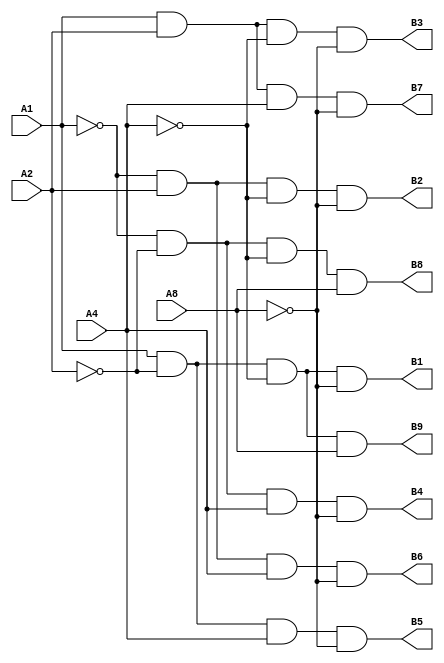
`timescale 1ns / 1ps

module dec(
    input A1,
    input A2,
    input A4,
    input A8,
    output B1,
    output B2,
    output B3,
    output B4,
    output B5,
    output B6,
    output B7,
    output B8,
    output B9
    );

assign B1 = A1&(~A2)&(~A4)&(~A8);
assign B2 = (~A1)&A2&(~A4)&(~A8);
assign B3 = A1&A2&(~A4)&(~A8);
assign B4 = (~A1)&(~A2)&A4&(~A8);
assign B5 = A1&(~A2)&A4&(~A8);
assign B6 = (~A1)&A2&A4&(~A8);
assign B7 = A1&A2&A4&(~A8);
assign B8 = (~A1)&(~A2)&(~A4)&A8;
assign B9 = A1&(~A2)&(~A4)&A8;

endmodule